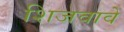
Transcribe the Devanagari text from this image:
शिजवावे